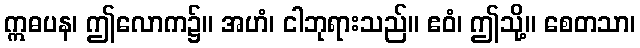
ဣဓပန၊ ဤလောက၌။ အဟံ၊ ငါဘုရားသည်။ ဧဝံ၊ ဤသို့။ စေတသာ၊